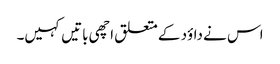
اس نے داؤد کے متعلق اچھی باتیں کہیں۔